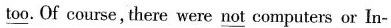
\underline{too}. Of course , there were \underline{not} computers or In-